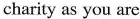
charity as you are